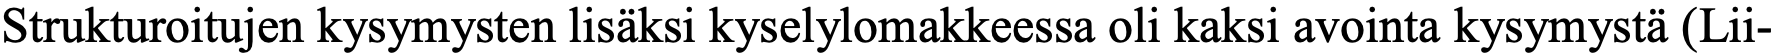
Strukturoitujen kysymysten lisäksi kyselylomakkeessa oli kaksi avointa kysymystä (Lii-